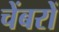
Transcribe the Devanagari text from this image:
चेंबरों